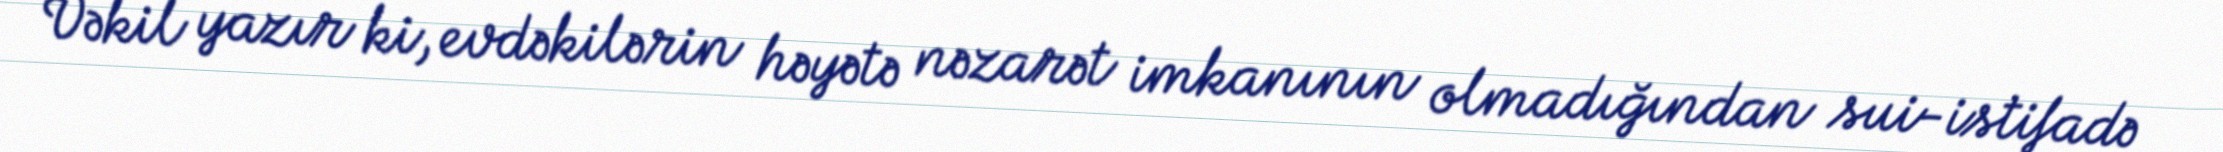
Vəkil yazır ki, evdəkilərin həyətə nəzarət imkanının olmadığından sui-istifadə